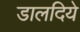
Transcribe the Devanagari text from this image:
डालदिये